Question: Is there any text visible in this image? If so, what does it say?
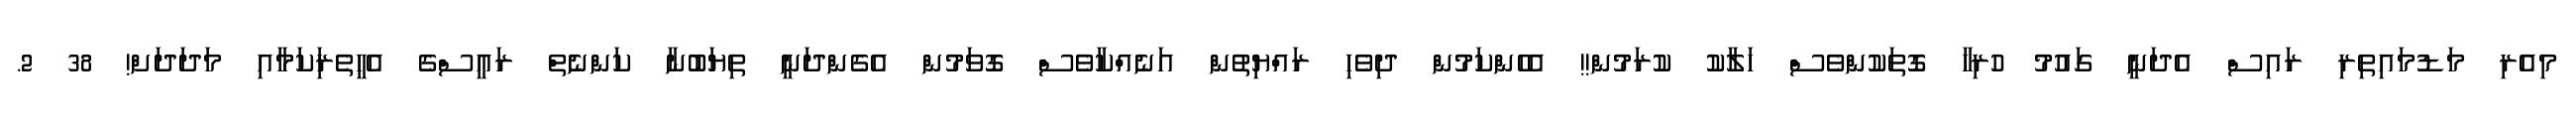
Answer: މިއެރި މަޑުމައިތިރި ރައިސް އެދަނީ ގައުމު ހުރިހާ ގޮތަކުންވެސް ހަލާކު ކުރަމުން!! އެހެންކަމުން ދިވެހި ރައްޔިތުން އަނެއްކާވެސް ގޮވަމުން އެގެންދަނީ ތިޔަބުނާ ކަންނެތް ރައީސްގެ އެހީތެރިަކަމާއި މަދަދަށް! 38 2.